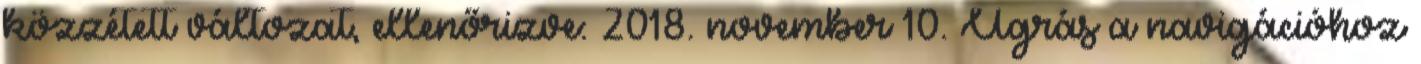
közzétett változat, ellenőrizve: 2018. november 10. Ugrás a navigációhoz